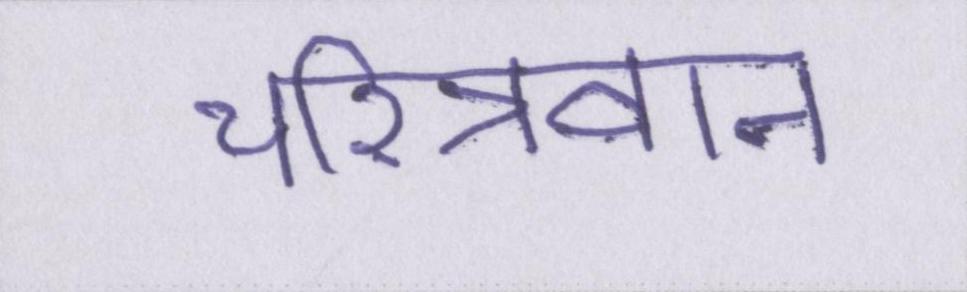
चरित्रवान